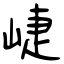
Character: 崨